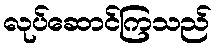
လုပ်ဆောင်ကြသည်